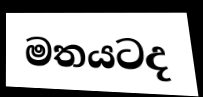
මතයටද